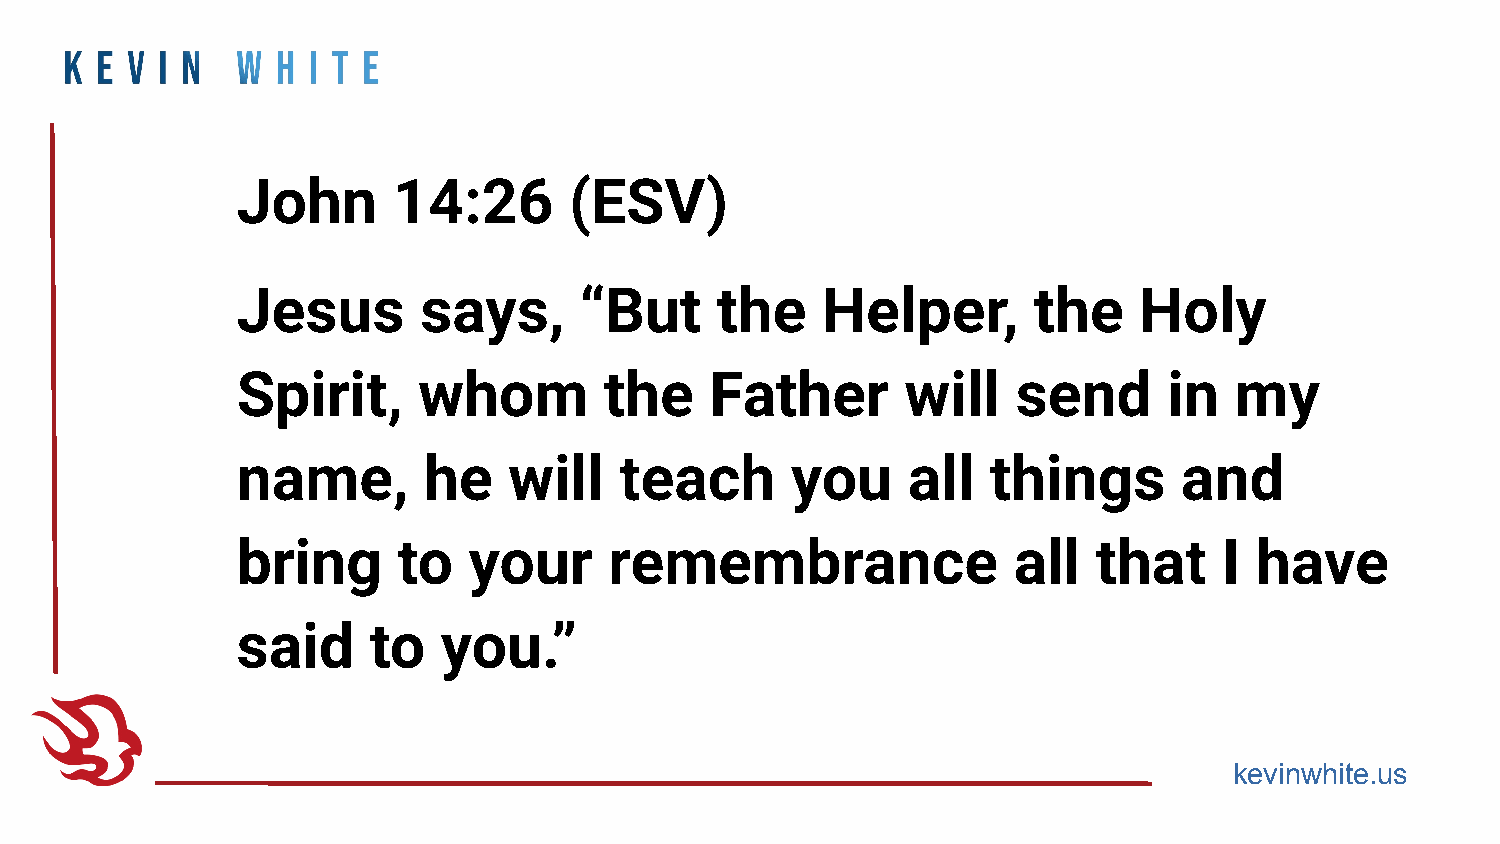
John      14:26       (ESV)
 Jesus       says,     “But     the    Helper,       the    Holy
 Spirit,     whom        the    Father       will   send      in   my
 name,       he    will   teach      you     all   things      and
 bring     to   your     remembrance                all   that    I have
 said    to   you.”
 kevinwhite.us